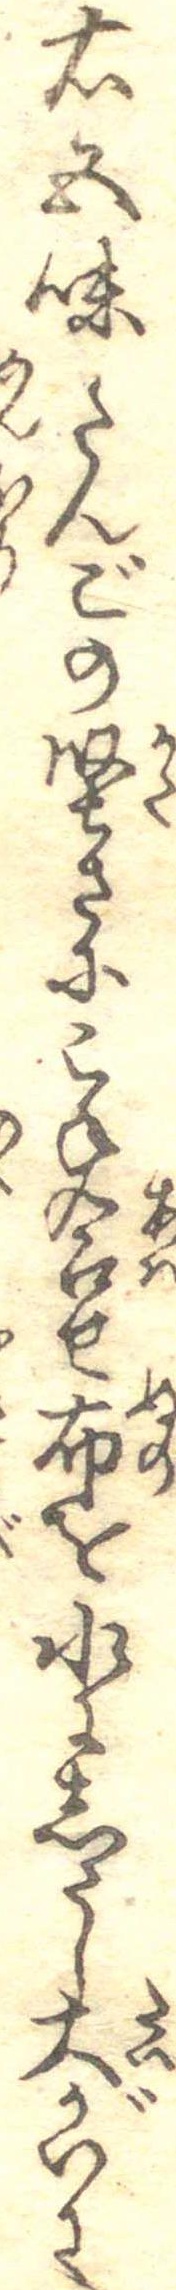
右五味たんごの堅さにこね合せ布を水にしたし大がいに